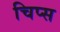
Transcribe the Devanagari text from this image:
चिप्‍स